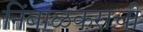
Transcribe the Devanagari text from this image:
निंबाळकराची